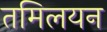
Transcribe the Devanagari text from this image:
तमिलयन